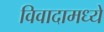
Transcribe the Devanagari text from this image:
विवादामध्ये